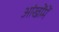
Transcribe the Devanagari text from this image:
आंखोंमें